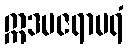
ဣဒမဇရာမရံ